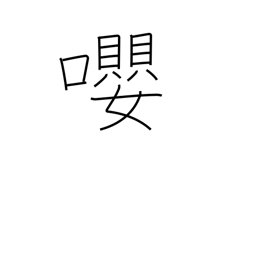
Meaning: birds singing together